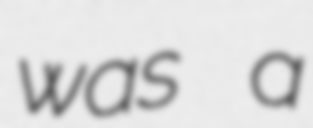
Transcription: was a